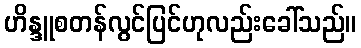
ဟိန္ဒူစတန်လွင်ပြင်ဟုလည်းခေါ်သည်။